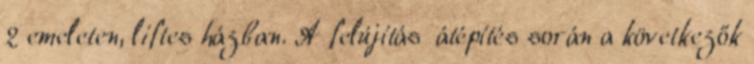
2 emeleten, liftes házban. A felújítás átépítés során a következők